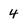
Character: 4